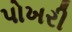
પોખરી